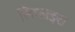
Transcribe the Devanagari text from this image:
लिफाइरा